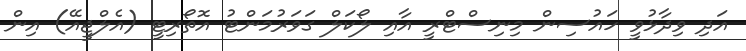
އަދި ވިދާޅުވީ ހައުސިން މިނިސްޓްރީ އާއި ލޯކަލް ގަވަރުމަންޓު އޮތޯރިޓީ (އެލްޖީއޭ) އިން